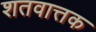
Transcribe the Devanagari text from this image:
शतवात्तक